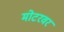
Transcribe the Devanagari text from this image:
मोटरवर